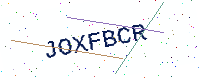
Text: JOXFBCR